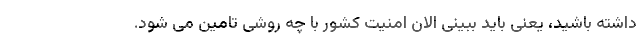
داشته باشید، یعنی باید ببینی الان امنیت کشور با چه روشی تامین می شود.